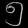
Digit: ၅